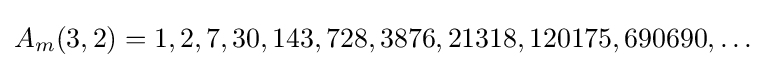
A_{m}(3,2)=1,2,7,30,143,728,3876,21318,120175,690690,\ldots